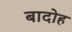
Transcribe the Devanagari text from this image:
बादोह